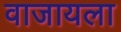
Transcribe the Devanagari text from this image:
वाजायला